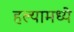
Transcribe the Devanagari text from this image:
हल्यामध्ये